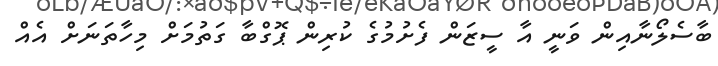
ބާސެލޯނާއިން ވަނީ އާ ސީޒަން ފެށުމުގެ ކުރިން ޕޮގްބާ ގަތުމަށް މިހާތަނަށް އެއް